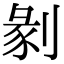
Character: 剶